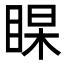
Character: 𭾻